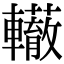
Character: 𨏣